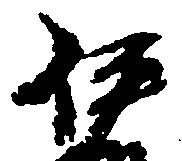
伊